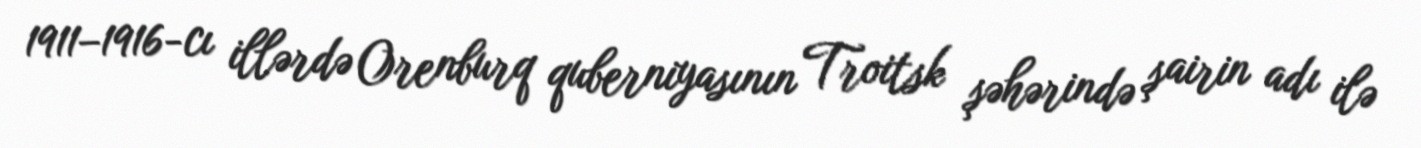
1911–1916-cı illərdə Orenburq quberniyasının Troitsk şəhərində şairin adı ilə